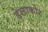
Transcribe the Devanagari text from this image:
डेलाकोर